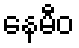
နေမီဝ